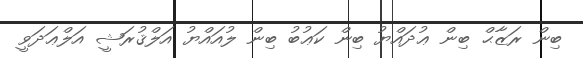
ބިން ރަޒާޙް ބިން ޢުދައްޔު ބިން ކަޢުބު ބިން ލުއައްޔު އަލްޤުރަޝީ އަލްޢަދަވީ